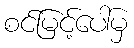
စင်မြင့်ပေါ်မှ